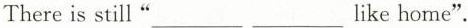
There is still”___ ___ like home”。